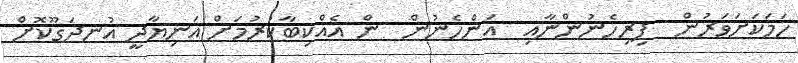
ހަމަކަށަވަރުން  ފިރިހެނުންނާއި  އަންހެނުން  ން އެއްކިބާކުރުމަށް އަނިޔާދީ އުނދަގޫކޮށް